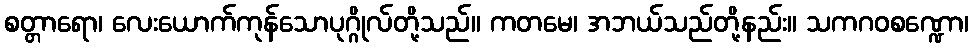
စတ္တာရော၊ လေးယောက်ကုန်သောပုဂ္ဂိုလ်တို့သည်။ ကတမေ၊ အဘယ်သည်တို့နည်း။ သကဂဝစဏ္ဍော၊